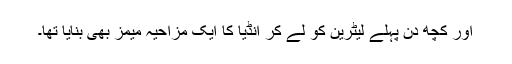
اور کچھ دن پہلے لیٹرین کو لے کر انڈیا کا ایک مزاحیہ میمز بھی بنایا تھا۔